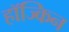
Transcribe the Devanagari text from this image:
हॉज्किन